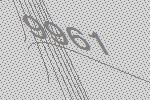
9961